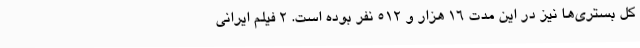
کل بستری‌ها نیز در این مدت 16 هزار و 512 نفر بوده است. 2 فیلم ایرانی